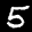
Label: 5